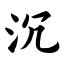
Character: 沉